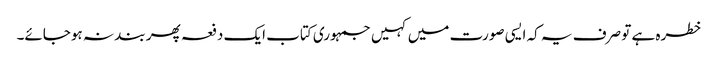
خطرہ ہے تو صرف یہ کہ ایسی صورت میں کہیں جمہوری کتاب ایک دفعہ پھر بند نہ ہوجائے۔